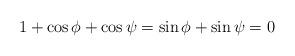
LaTeX: \begin{align*}1+\cos\phi+\cos\psi=\sin\phi+\sin\psi=0\end{align*}